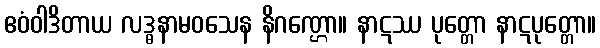
ဧဝံဝါဒိတာယ လဒ္ဓနာမဝသေန နိဂဏ္ဌော။ နာဋဿ ပုတ္တော နာဋပုတ္တော။